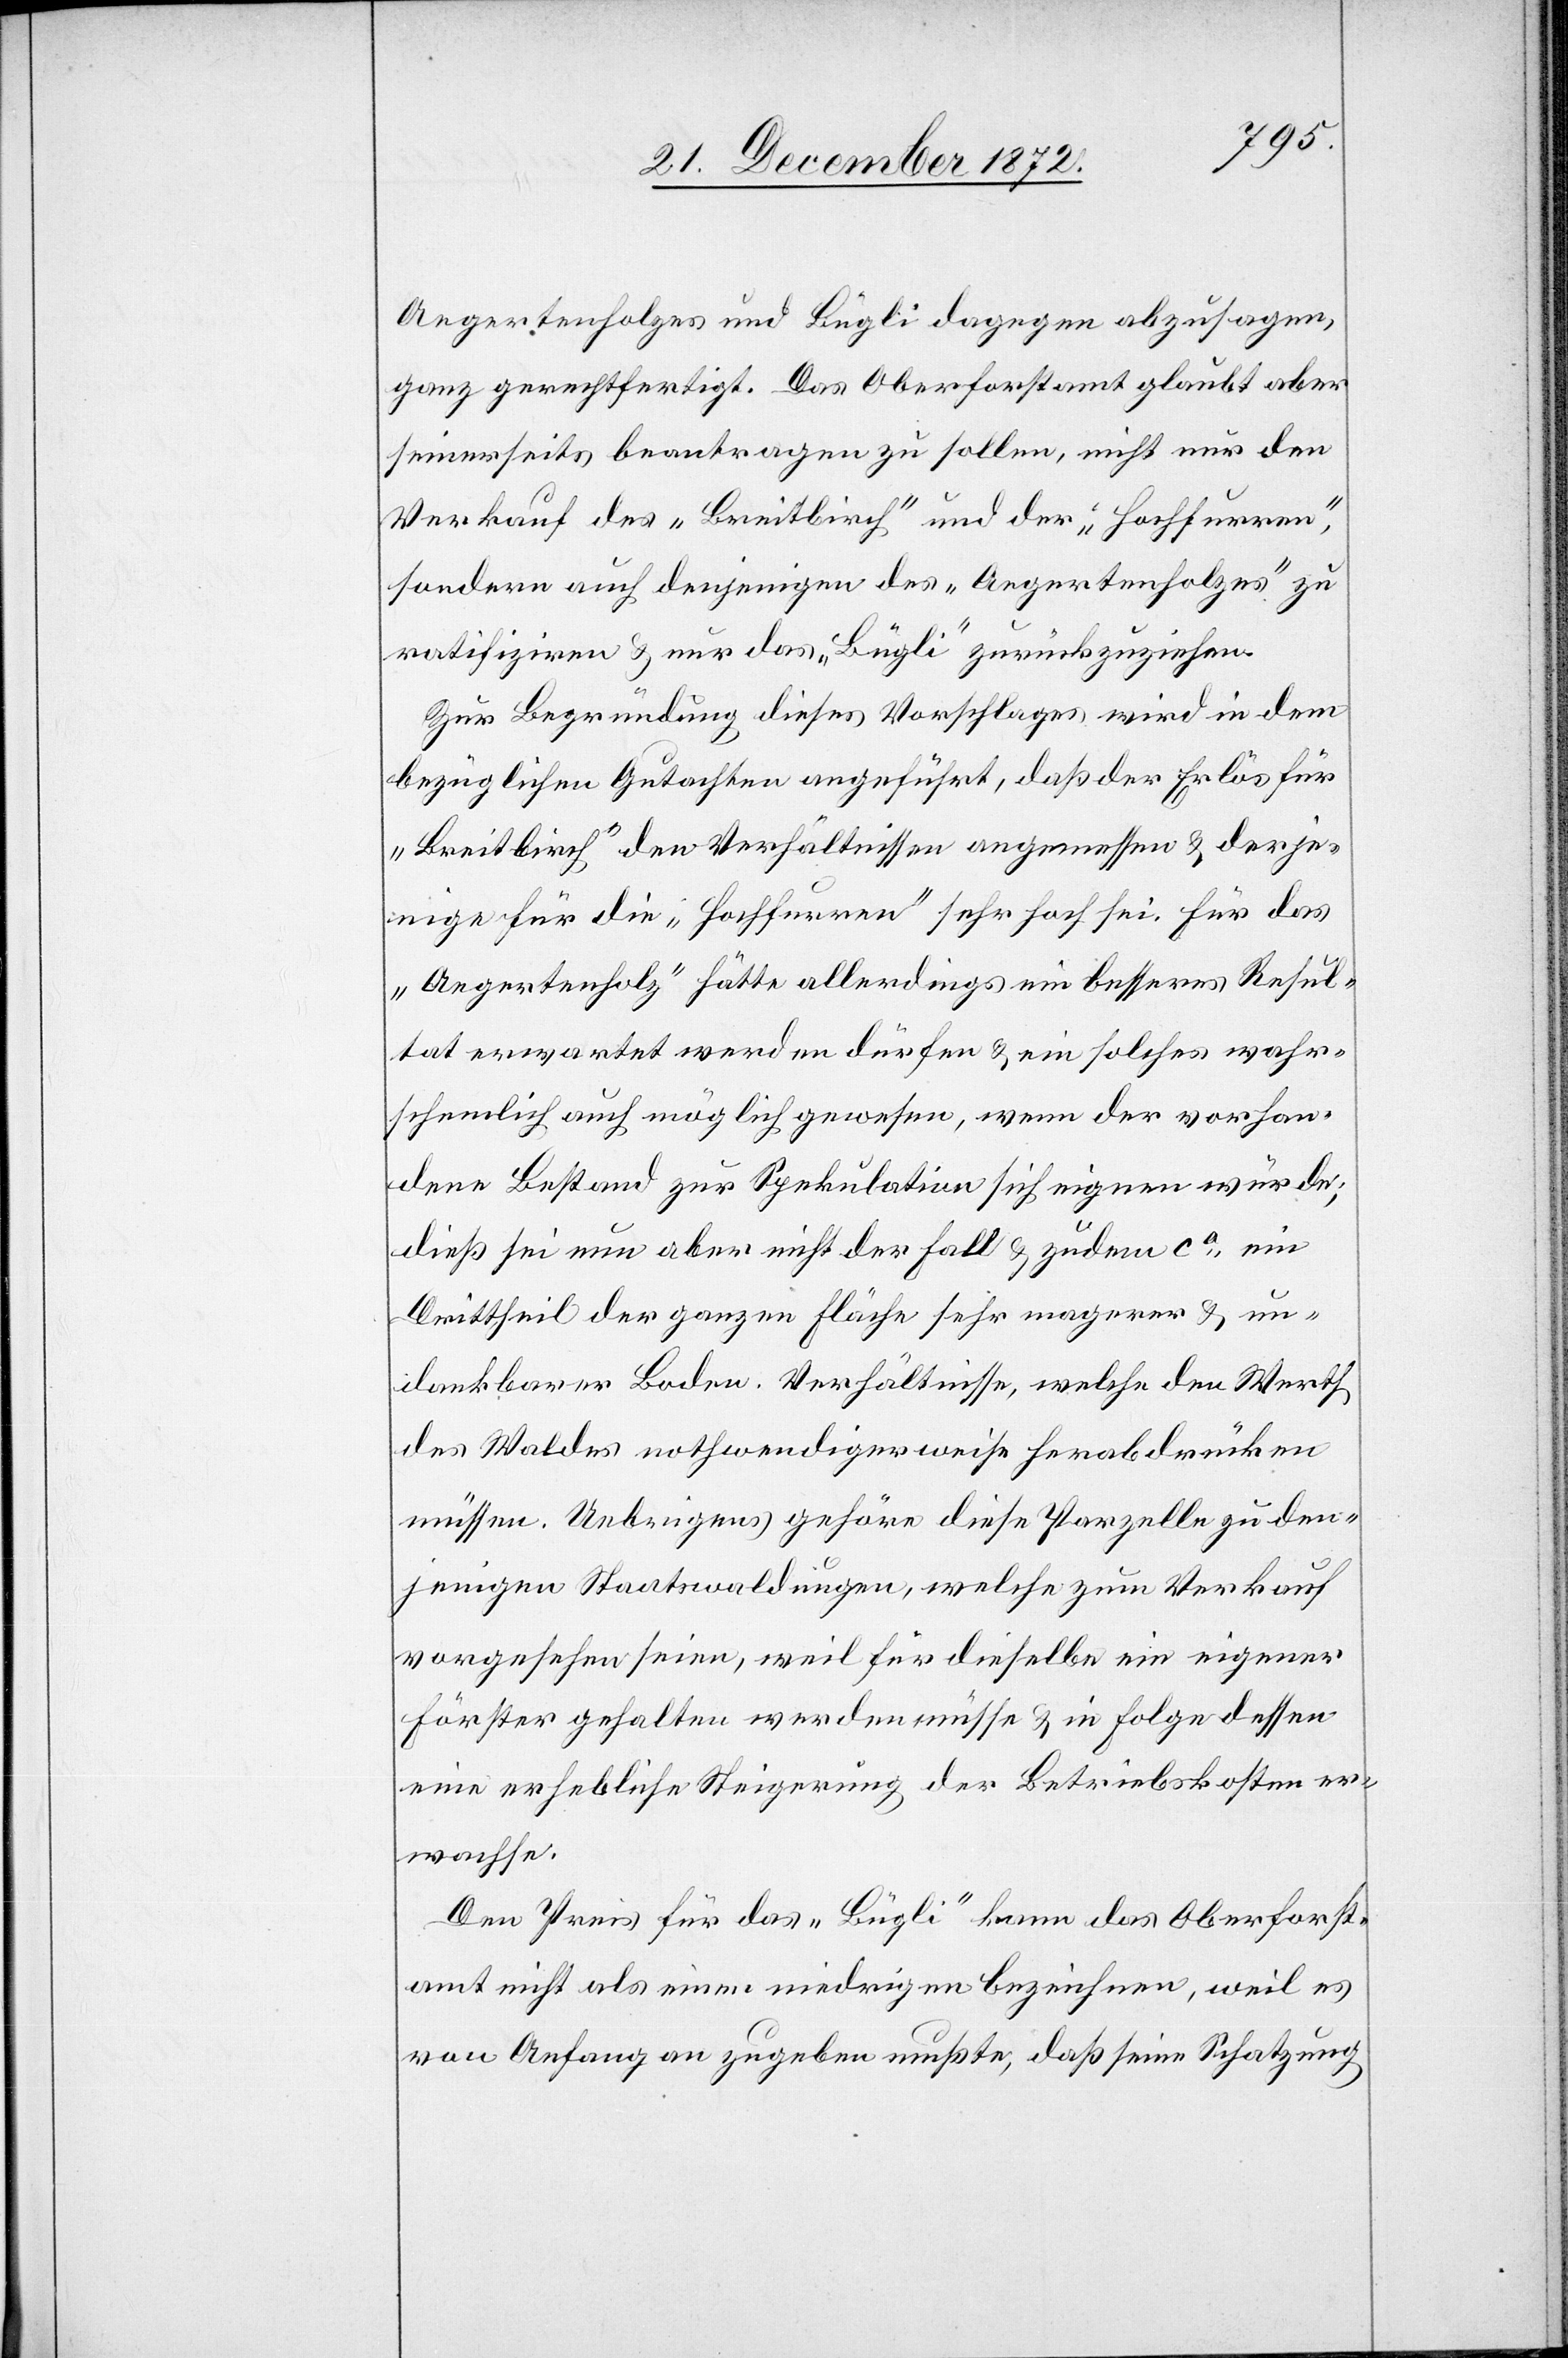
Aegertenholzes und Bügli dagegen anzusagen,
ganz gerechtfertigt. Das Oberforstamt glaubt aber
seinerseits beantragen zu sollen, nicht nur den
Verkauf des „Breitbirch“ und der „Hochfurren“,
sondern auch denjenigen des „Aegertenholzes“ zu
ratifiziren u. nur das „Bügli“ zurückzuziehen.
Zur Begründung dieses Vorschlages wird in dem
bezüglichen Gutachten angeführt, daß der Erlös für
„Breitbirch“ den Verhältnissen angemessen u. derje¬
nige für die „Hochfurren“ sehr hoch sei. Für das
„Aegertenholz“ hätte allerdings ein besseres Resul¬
tat erwartet werden dürfen u. ein solches wahr¬
scheinlich auch möglich gewesen, wenn der vorhan¬
dene Bestand zur Spekulation sich eignen würde;
dieß sei nun aber nicht der Fall u. zudem ca ein
Drittheil der ganzen Fläche sehr magerer u. un¬
dankbarer Boden. Verhältnisse, welche den Werth
des Waldes nothwendigerweise herabdrücken
müssen. Uebrigens gehöre diese Parzelle zu den¬
jenigen Staatswaldungen, welche zum Verkauf
vorgesehen seien, weil für dieselbe ein eigener
Förster gehalten werden müsse u. in Folge dessen
eine erhebliche Steigerung der Betriebskosten er¬
wachse.
Den Preis für das „Bügli“ kann das Oberforst¬
amt nicht als einen niedrigen bezeichnen, weil es
von Anfang an zugeben mußte, daß seine Schatzung